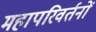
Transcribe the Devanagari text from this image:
महापरिवर्तनों